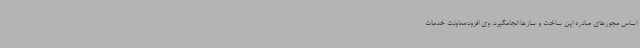
اساس مجوزهای صادره این ساخت و سازها انجامگیرد. وی افزود:معاونت خدمات